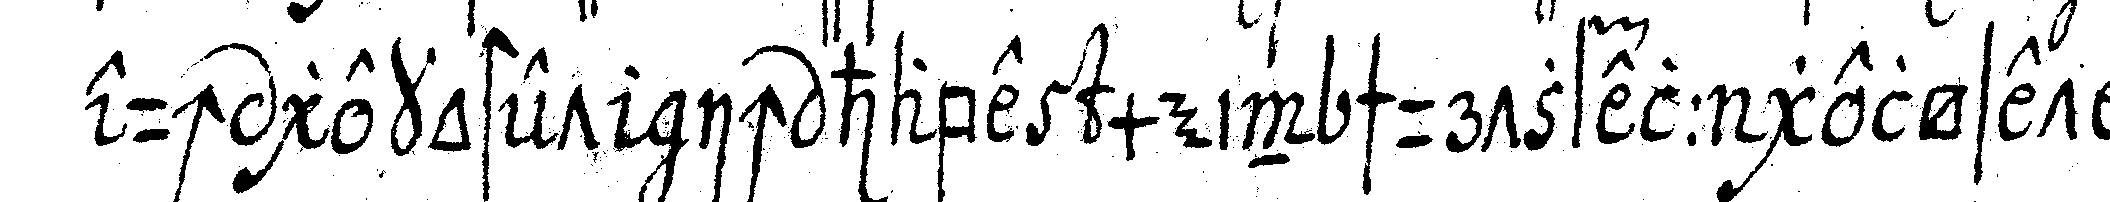
euch gekostet ich habe mein schurtzfell gelöset